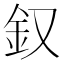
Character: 𨥁